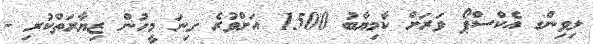
ލިވިންގ އެކްސްޕޯ ވަރަށް ކާމިޔާބު 1500 އަށްވުރެ ގިނަ މީހުން ޒިޔާރަތްކުރި -